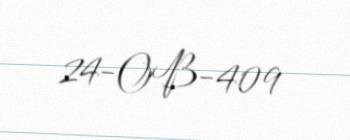
24-OB-409